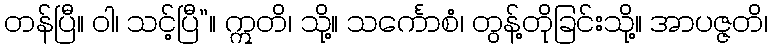
တန်ပြီ။ ဝါ၊ သင့်ပြီ”။ ဣတိ၊ သို့။ သင်္ကောစံ၊ တွန့်တိုခြင်းသို့။ အာပဇ္ဇတိ၊